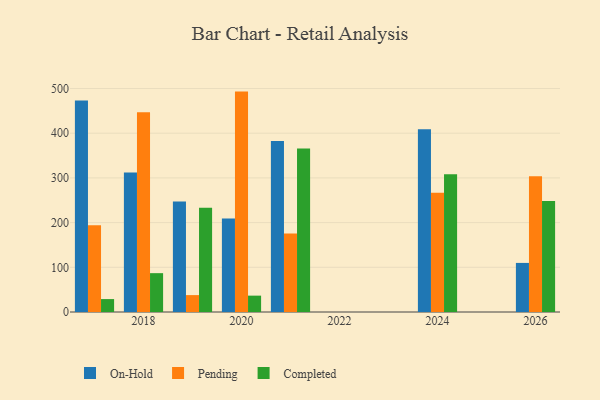
{"axis": {"x": "Year", "y": "Active Users"}, "legend": ["Completed", "On-Hold", "Pending"], "data": [{"x": "2024", "y": 408.9, "type": "On-Hold"}, {"x": "2024", "y": 266.8, "type": "Pending"}, {"x": "2024", "y": 308.3, "type": "Completed"}, {"x": "2017", "y": 473.4, "type": "On-Hold"}, {"x": "2017", "y": 193.9, "type": "Pending"}, {"x": "2017", "y": 28.9, "type": "Completed"}, {"x": "2019", "y": 247.3, "type": "On-Hold"}, {"x": "2019", "y": 37.8, "type": "Pending"}, {"x": "2019", "y": 233.4, "type": "Completed"}, {"x": "2021", "y": 382.5, "type": "On-Hold"}, {"x": "2021", "y": 175.8, "type": "Pending"}, {"x": "2021", "y": 365.9, "type": "Completed"}, {"x": "2020", "y": 209.4, "type": "On-Hold"}, {"x": "2020", "y": 493.1, "type": "Pending"}, {"x": "2020", "y": 36.6, "type": "Completed"}, {"x": "2018", "y": 311.9, "type": "On-Hold"}, {"x": "2018", "y": 446.8, "type": "Pending"}, {"x": "2018", "y": 86.9, "type": "Completed"}, {"x": "2026", "y": 109.8, "type": "On-Hold"}, {"x": "2026", "y": 303.8, "type": "Pending"}, {"x": "2026", "y": 248.2, "type": "Completed"}]}